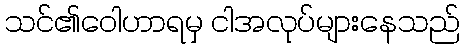
သင်၏ဝေါဟာရမှ ငါအလုပ်များနေသည်